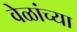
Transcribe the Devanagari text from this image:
वेळांच्या